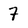
Character: 7